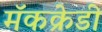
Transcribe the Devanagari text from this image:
मॅकक्रेडी